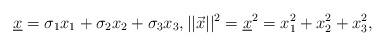
LaTeX: \begin{align*}\underline{x}=\sigma_1 x_1+\sigma_2 x_2+\sigma_3 x_3,||\vec{x}||^2=\underline{x}^2=x_1^2+x_2^2+x_3^2,\end{align*}